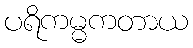
ပရိကမ္မကတာယ